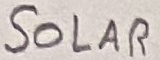
Text: SOLAR